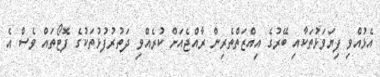
އެޅުއްވި ފިޔަވަޅުތަކާއި ބޭރުގެ އިއްޒަތްތެރިން ރާއްޖެއަށް ކުރެއްވި ދަތުރުފުޅުތަކުގެ ފޮޓޯތައް ވެސް އެ